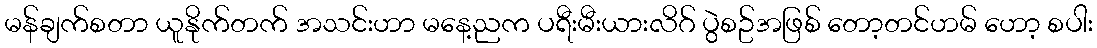
မန်ချက်စတာ ယူနိုက်တက် အသင်းဟာ မနေ့ညက ပရီးမီးယားလိဂ် ပွဲစဥ်အဖြစ် တော့တင်ဟမ် ဟော့ စပါး